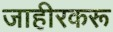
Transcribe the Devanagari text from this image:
जाहीरकरू